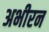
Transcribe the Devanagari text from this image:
अभीरन